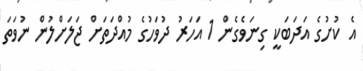
އެ ކުށުގެ އަދަބަކީ ގިނަވެގެން 1 އަހަރު ދުވަހުގެ މުއްދަތަށް ޖަލަށްލުން ނުވަތަ